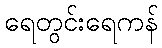
ရေတွင်းရေကန်